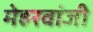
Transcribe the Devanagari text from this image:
मेहरवांजी